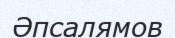
Әпсалямов